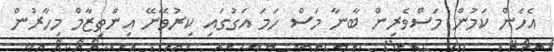
އެހެން ކަމުން މަސްވެރިން ބާނާ މަސް ހަމަ އަގުގައި ކިރުވޭނޭ އިންތިޒާމް މިހާރުން